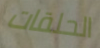
الحلقات